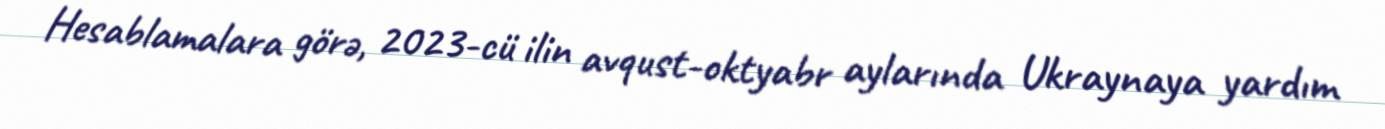
Hesablamalara görə, 2023-cü ilin avqust-oktyabr aylarında Ukraynaya yardım